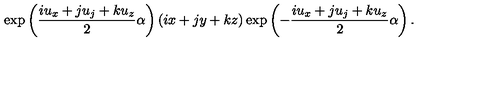
\exp \left( \frac { i u _ { x } + j u _ { j } + k u _ { z } } { 2 } \alpha \right) \left( i x + j y + k z \right) \exp \left( - \frac { i u _ { x } + j u _ { j } + k u _ { z } } { 2 } \alpha \right) .